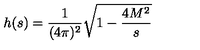
h ( s ) = \frac 1 { ( 4 \pi ) ^ { 2 } } \sqrt { 1 - \frac { 4 M ^ { 2 } } s }